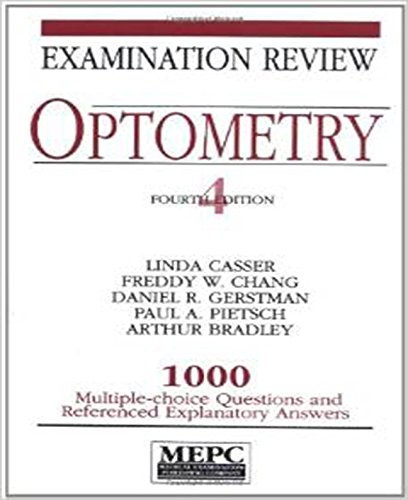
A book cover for MEPC: Optometry: Examination Review; Linda Casser; Medical Books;